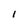
Character: I